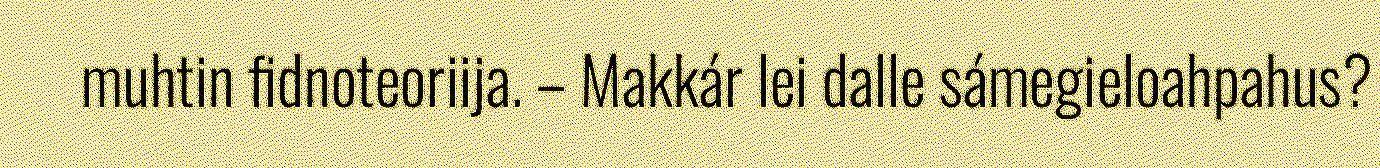
muhtin fidnoteoriija. – Makkár lei dalle sámegieloahpahus?